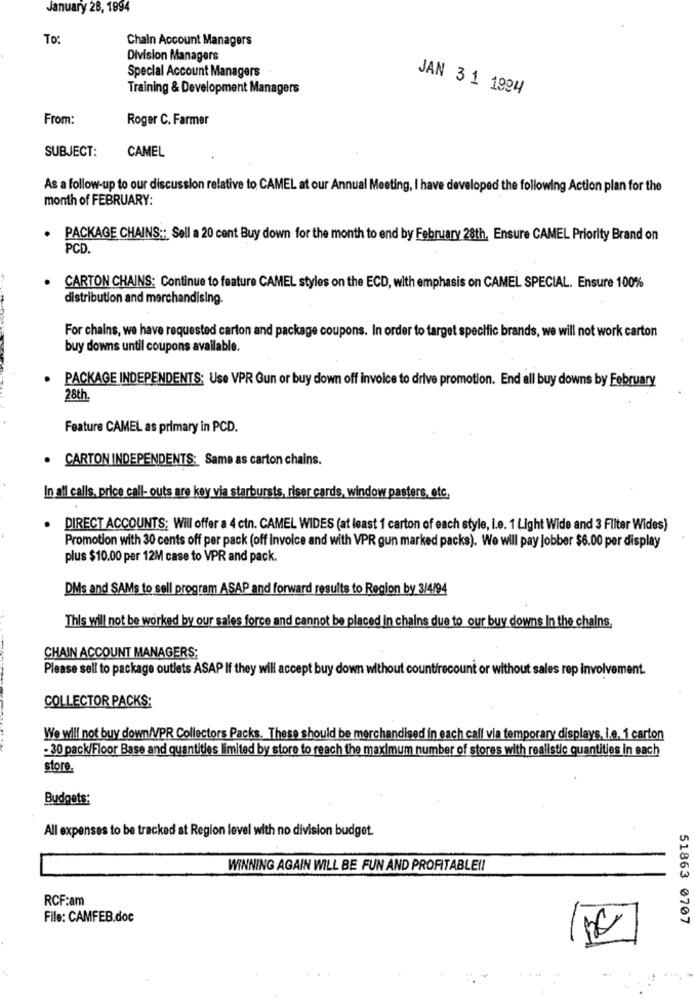
January 28, 1994
To:
Chain Account Managers
Division Managers
Special Account Managers
Training & Development Managers
JAN 3 1 1994
From:
Roger C. Farmer
SUBJECT:
CAMEL
As a follow-up to our discussion relative to CAMEL at our Annual Meeting, I have developed the following Action plan for the
month of FEBRUARY:
.
PACKAGE CHAINS :: Sell a 20 cent Buy down for the month to end by February 28th, Ensure CAMEL Priority Brand on
PCD.
CARTON CHAINS: Continue to feature CAMEL styles on the ECD, with emphasis on CAMEL SPECIAL. Ensure 100%
distribution and merchandising.
For chains, we have requested carton and package coupons. In order to target specific brands, we will not work carton
buy downs until coupons available.
PACKAGE INDEPENDENTS: Use VPR Gun or buy down off invoice to drive promotion. End all buy downs by February
28th.
Feature CAMEL as primary in PCD.
CARTON INDEPENDENTS: Same as carton chains.
In all calls, price call- outs are key via starbursts, riser cards, window pasters, etc.
DIRECT ACCOUNTS; Will offer a 4 ctn. CAMEL WIDES (at least 1 carton of each style, i.e. 1 Light Wide and 3 Filter Wides)
Promotion with 30 cents off per pack (off Invoice and with VPR gun marked packs). We will pay jobber $6.00 per display
plus $10.00 per 12M case to VPR and pack.
DMs and SAMs to sell program ASAP and forward results to Region by 3/4/94
This wil not be worked by our sales force and cannot be placed In chains due to our buy downs In the chains.
CHAIN ACCOUNT MANAGERS;
Please sell to package outlets ASAP If they will accept buy down without countfrecount or without sales rep involvement.
COLLECTOR PACKS:
We will not buy down/VPR Collectors Packs. These should be merchandised in each caff via temporary displays, i.e. 1 carton
- 30 pack/Floor Base and quantities limited by store to reach the maximum number of stores with realistic quantities in each
store.
Budgets:
All expenses to be tracked at Region level with no division budget.
WINNING AGAIN WILL BE FUN AND PROFITABLE !!
RCF:am
File: CAMFEB.doc
51863 0707